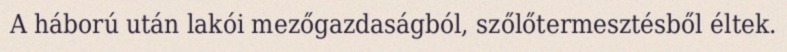
A háború után lakói mezőgazdaságból, szőlőtermesztésből éltek.